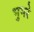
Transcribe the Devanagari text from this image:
भुमरे